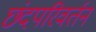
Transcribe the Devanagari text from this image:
छंदपरिवर्तन